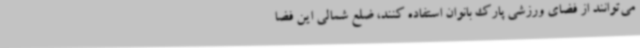
می‌توانند از فضای ورزشی پارک بانوان استفاده کنند، ضلع شمالی این فضا